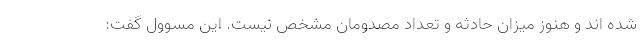
شده اند و هنوز میزان حادثه و تعداد مصدومان مشخص نیست. این مسوول گفت: